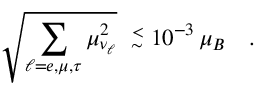
\sqrt { \sum _ { \ell = e , \mu , \tau } \mu _ { \nu _ { \ell } } ^ { 2 } } \ \stackrel { < } { _ \sim } 1 0 ^ { - 3 } \, \mu _ { B } \ \ \ .